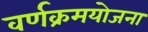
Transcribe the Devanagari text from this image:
वर्णक्रमयोजना